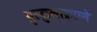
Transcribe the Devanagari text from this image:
गुरुकुलाप्रमाणे